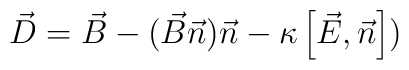
\vec{D}=\vec{B}-(\vec{B}\vec{n})\vec{n}-\kappa\left[\vec{E}, \vec{n}\right])